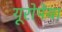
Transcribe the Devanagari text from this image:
यूरोपेया